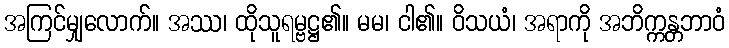
အကြင်မျှလောက်။ အဿ၊ ထိုသူရမ္ဗဋ္ဌ၏။ မမ၊ ငါ၏။ ဝိသယံ၊ အရာကို အဘိက္ကန္တဘာဝံ